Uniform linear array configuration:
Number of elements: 32
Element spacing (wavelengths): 1
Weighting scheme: binomial
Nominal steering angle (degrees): -15
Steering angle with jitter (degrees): -13.342
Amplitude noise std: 0.05
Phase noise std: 0.05

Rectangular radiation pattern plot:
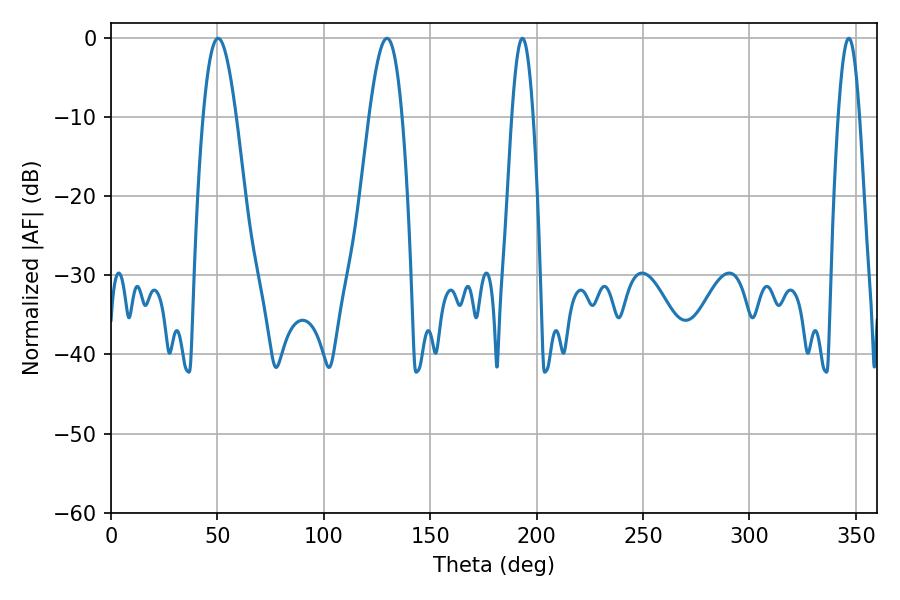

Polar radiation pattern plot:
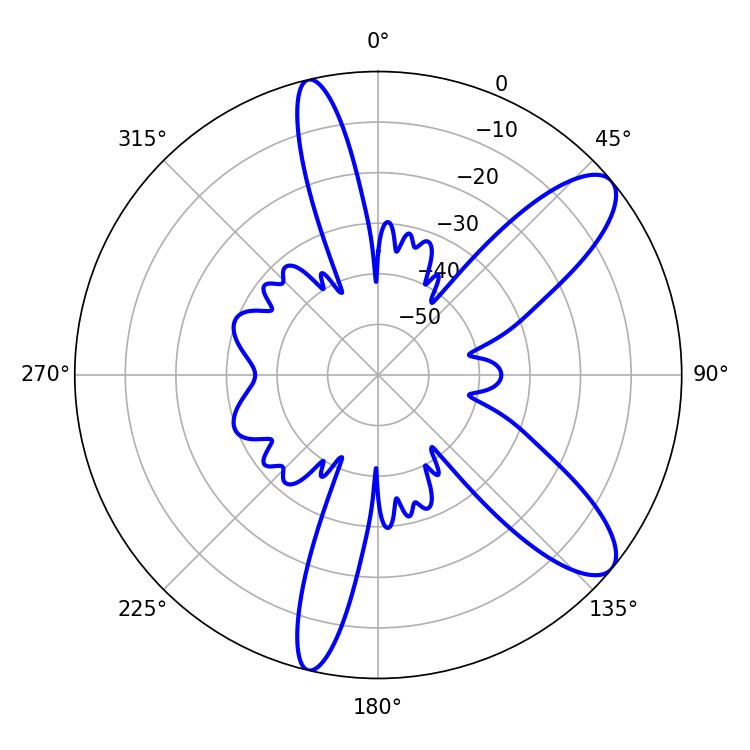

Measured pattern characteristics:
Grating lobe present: TRUE
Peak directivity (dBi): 10.034
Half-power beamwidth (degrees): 5.4
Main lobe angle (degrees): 193.32